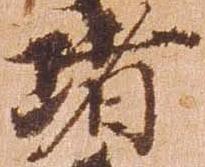
堵